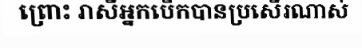
ព្រោះ រាសីអ្នកបើកបានប្រសើរណាស់